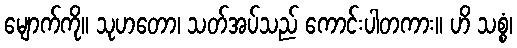
မျောက်ကို။ သုဟတော၊ သတ်အပ်သည် ကောင်းပါတကား။ ဟိ သစ္စံ၊